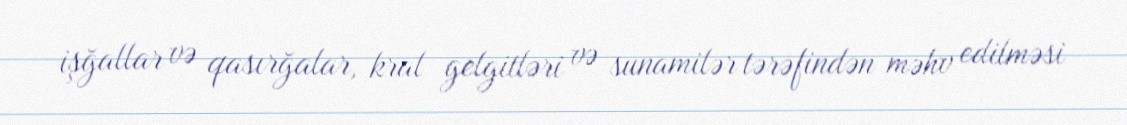
işğallar və qasırğalar, kral gelgitləri və sunamilər tərəfindən məhv edilməsi